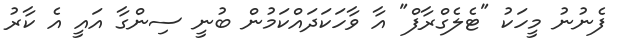
ފެނުނު މީހަކު "ޓެލެގްރާފް" އާ ވާހަކަދައްކަމުން ބުނީ ސިންގާ އައީ އެ ކާރު